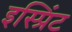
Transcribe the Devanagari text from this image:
इस्प्रिंट